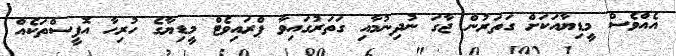
އެއްވެސް މީޑިޔާއަކަށް ގަތަރުން ޖާގަ ނުދިނުމާއި ގަތަރުގައިވާ ޕްރައިވެޓް މީޑިޔާގެ ހުރިހާ އޮފީސްތަކެއް